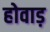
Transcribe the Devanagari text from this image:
होवाड़